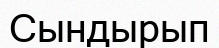
Сындырып